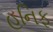
હનિફ